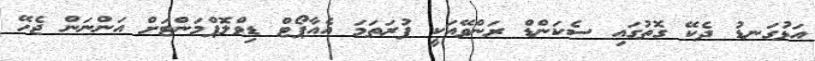
އަޅުގަނޑު ދެކޭ ގޮތުގައި ސެކަންޑް ރަންވޭއަކީ ފުރަތަމަ އެއާޕޯޓް ޑިވްލޮޕްމަންޓަށް އަންނަން ޖެހޭ